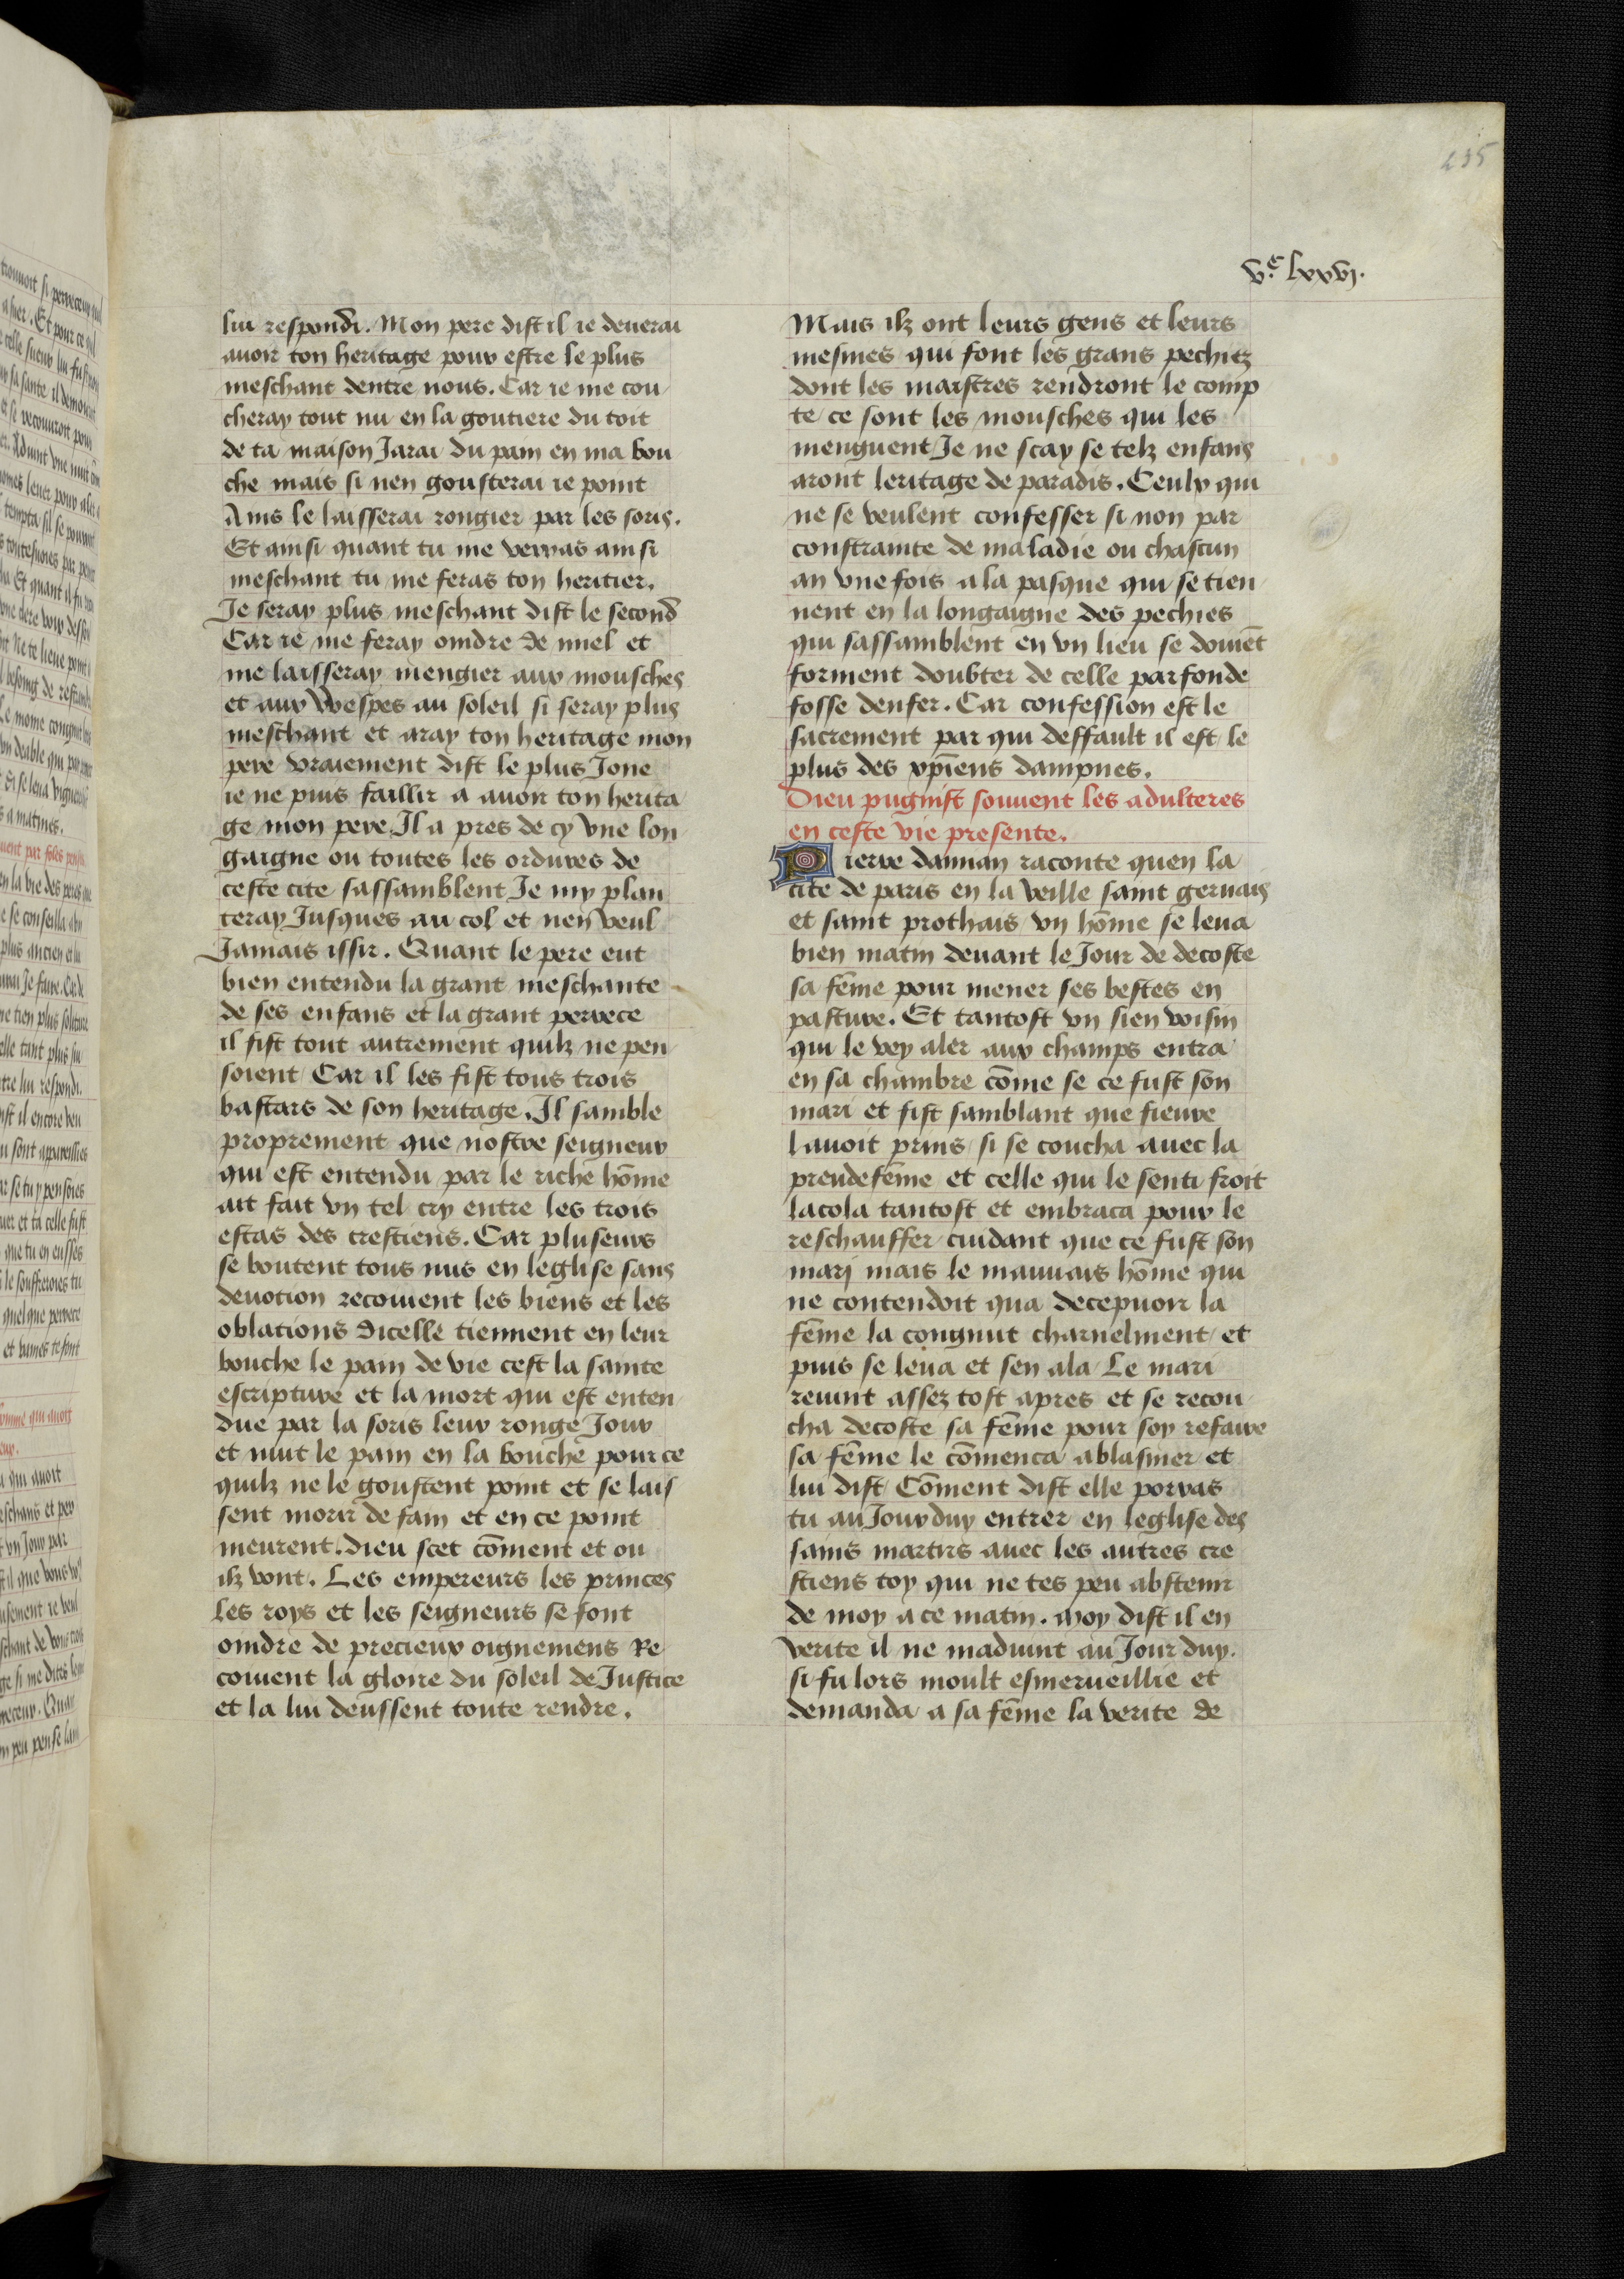
Shelfmark: Bruxelles, KBR, ms. 9232
Century: 15